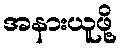
အနားယူဖို့